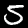
Digit: 5